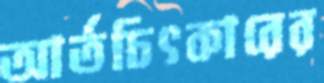
আর্তচিৎকারের